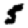
Digit: 5